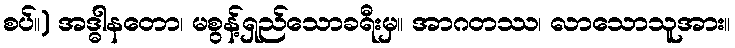
စပ်။) အဒ္ဓါနတော၊ မစွန့်ရှည်သောခရီးမှ။ အာဂတဿ၊ လာသောသူအား။